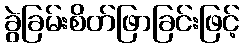
ခွဲခြမ်းစိတ်ဖြာခြင်းဖြင့်